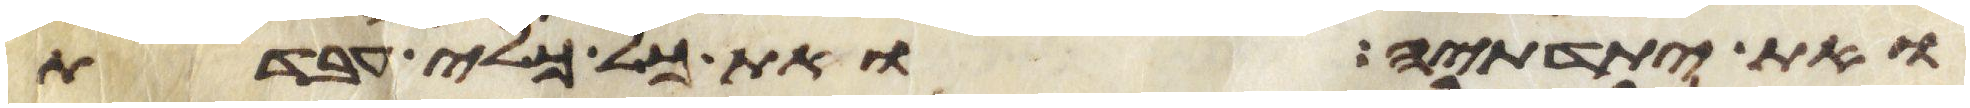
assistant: ואת יתדתיה ואת כל כלי עבדת